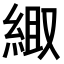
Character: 𫃦